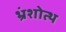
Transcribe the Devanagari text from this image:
भ्रंशोत्थ